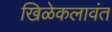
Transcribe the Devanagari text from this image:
खिळेकलावंत